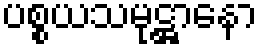
ပစ္စယသမုဋ္ဌာနော